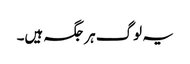
یہ لوگ ہر جگہ ہیں۔